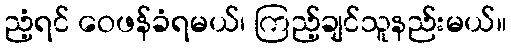
ညံ့ရင် ဝေဖန်ခံရမယ်၊ ကြည့်ချင်သူနည်းမယ်။